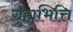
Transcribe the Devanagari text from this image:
गुहाभित्ति